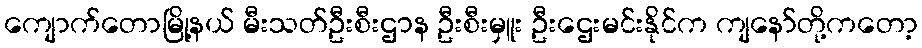
ကျောက်တောမြို့နယ် မီးသတ်ဦးစီးဌာန ဦးစီးမှူး ဦးဌေးမင်းနိုင်က ကျနော်တို့ကတော့